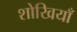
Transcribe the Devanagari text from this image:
शोखियाँ